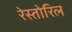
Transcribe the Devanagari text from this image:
रेस्तोरिल